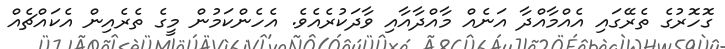
ގޮހޮރުގެ ތެރޭގައި އެއްމާއްދާ އަނެއް މާއްދާއާއި ވާދަކުރެއެވެ. އެހެންކަމުން މީގެ ތެރެއިން އެކައްޗެއް